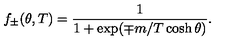
f _ { \pm } ( \theta , T ) = \frac { 1 } { 1 + \exp ( \mp m / T \cosh \theta ) } .